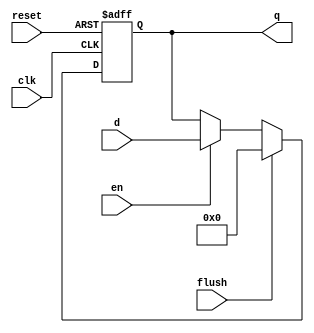
module pipe_reg_en #(parameter WIDTH = 8)(
    input clk, reset,
    input en, flush,
    input [WIDTH-1:0] d,
    output reg [WIDTH-1:0] q
    );
    
    always @(posedge clk or posedge reset)  
    begin   
        if(reset)   
            q <= 0; 
        else if (flush) 
            q <= 0;
        else if (en)
            q <= d;  
    end  
endmodule